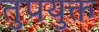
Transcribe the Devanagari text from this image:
तुपयुक्त